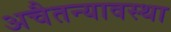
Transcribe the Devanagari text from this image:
अचैतन्यावस्था